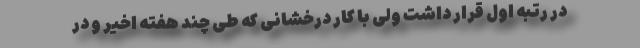
در رتبه اول قرار داشت ولی با کار درخشانی که طی چند هفته اخیر و در